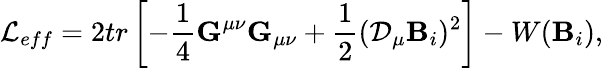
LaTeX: {\cal L}_{eff}=2tr\left[-{\frac{1}{4}}{\mathbf G}^{\mu\nu}{\mathbf G}_{\mu\nu}+{\frac{1}{2}}({\cal{\cal D}}_{\mu}{\mathbf B}_{i})^{2}\right]-W({\mathbf B}_{i}),